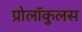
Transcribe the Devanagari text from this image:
प्रोलॉकुलस